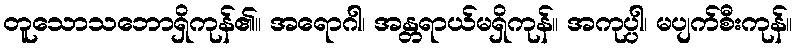
တူသောသဘောရှိကုန်၏။ အရောဂါ၊ အန္တရာယ်မရှိကုန်။ အကုပ္ပါ၊ မပျက်စီးကုန်။